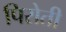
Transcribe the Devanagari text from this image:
पिरोती